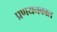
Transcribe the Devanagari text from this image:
प्रणयनकाल